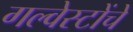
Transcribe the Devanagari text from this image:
गल्वेस्टोंचे